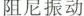
阻尼震动